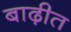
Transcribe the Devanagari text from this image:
बाढ़ीत